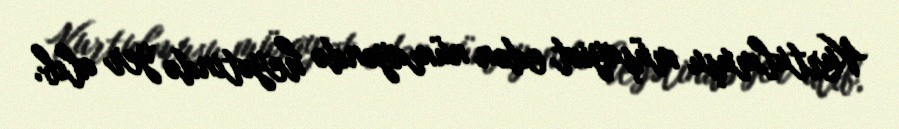
Kurtulmuşu müşayiət edən nümayəndə heyətində yer alıb.